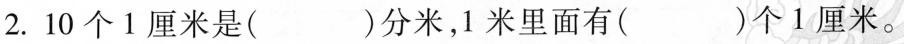
2.10个1厘米是( )分米，1米里面有( )个1厘米。